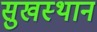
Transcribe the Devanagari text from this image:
सुखस्थान